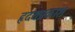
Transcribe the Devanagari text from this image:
हृदयप्रकाश